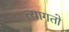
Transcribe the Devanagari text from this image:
त्यागतो